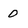
Character: 0